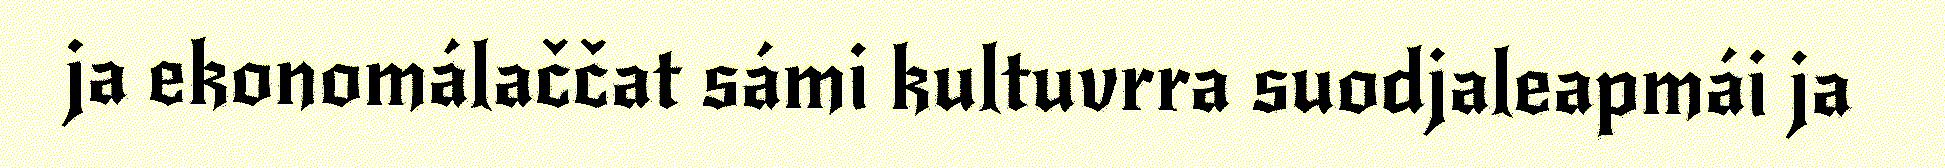
ja ekonomálaččat sámi kultuvrra suodjaleapmái ja